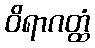
ဝိရာဂတ္ထံ